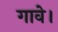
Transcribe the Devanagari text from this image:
गावे।